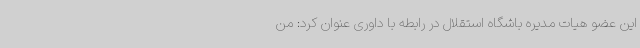
این عضو هیات مدیره باشگاه استقلال در رابطه با داوری عنوان کرد: من